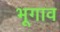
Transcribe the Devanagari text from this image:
भूगाव